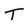
Character: T